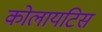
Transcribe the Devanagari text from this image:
कोलायटिस